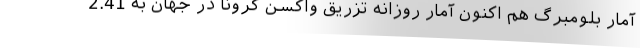
آمار بلومبرگ هم اکنون آمار روزانه تزریق واکسن کرونا در جهان به 2.41